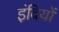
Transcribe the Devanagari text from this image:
इंदियों